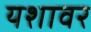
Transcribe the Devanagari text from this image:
यशावर